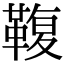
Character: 𩋟